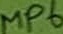
Text: MP6